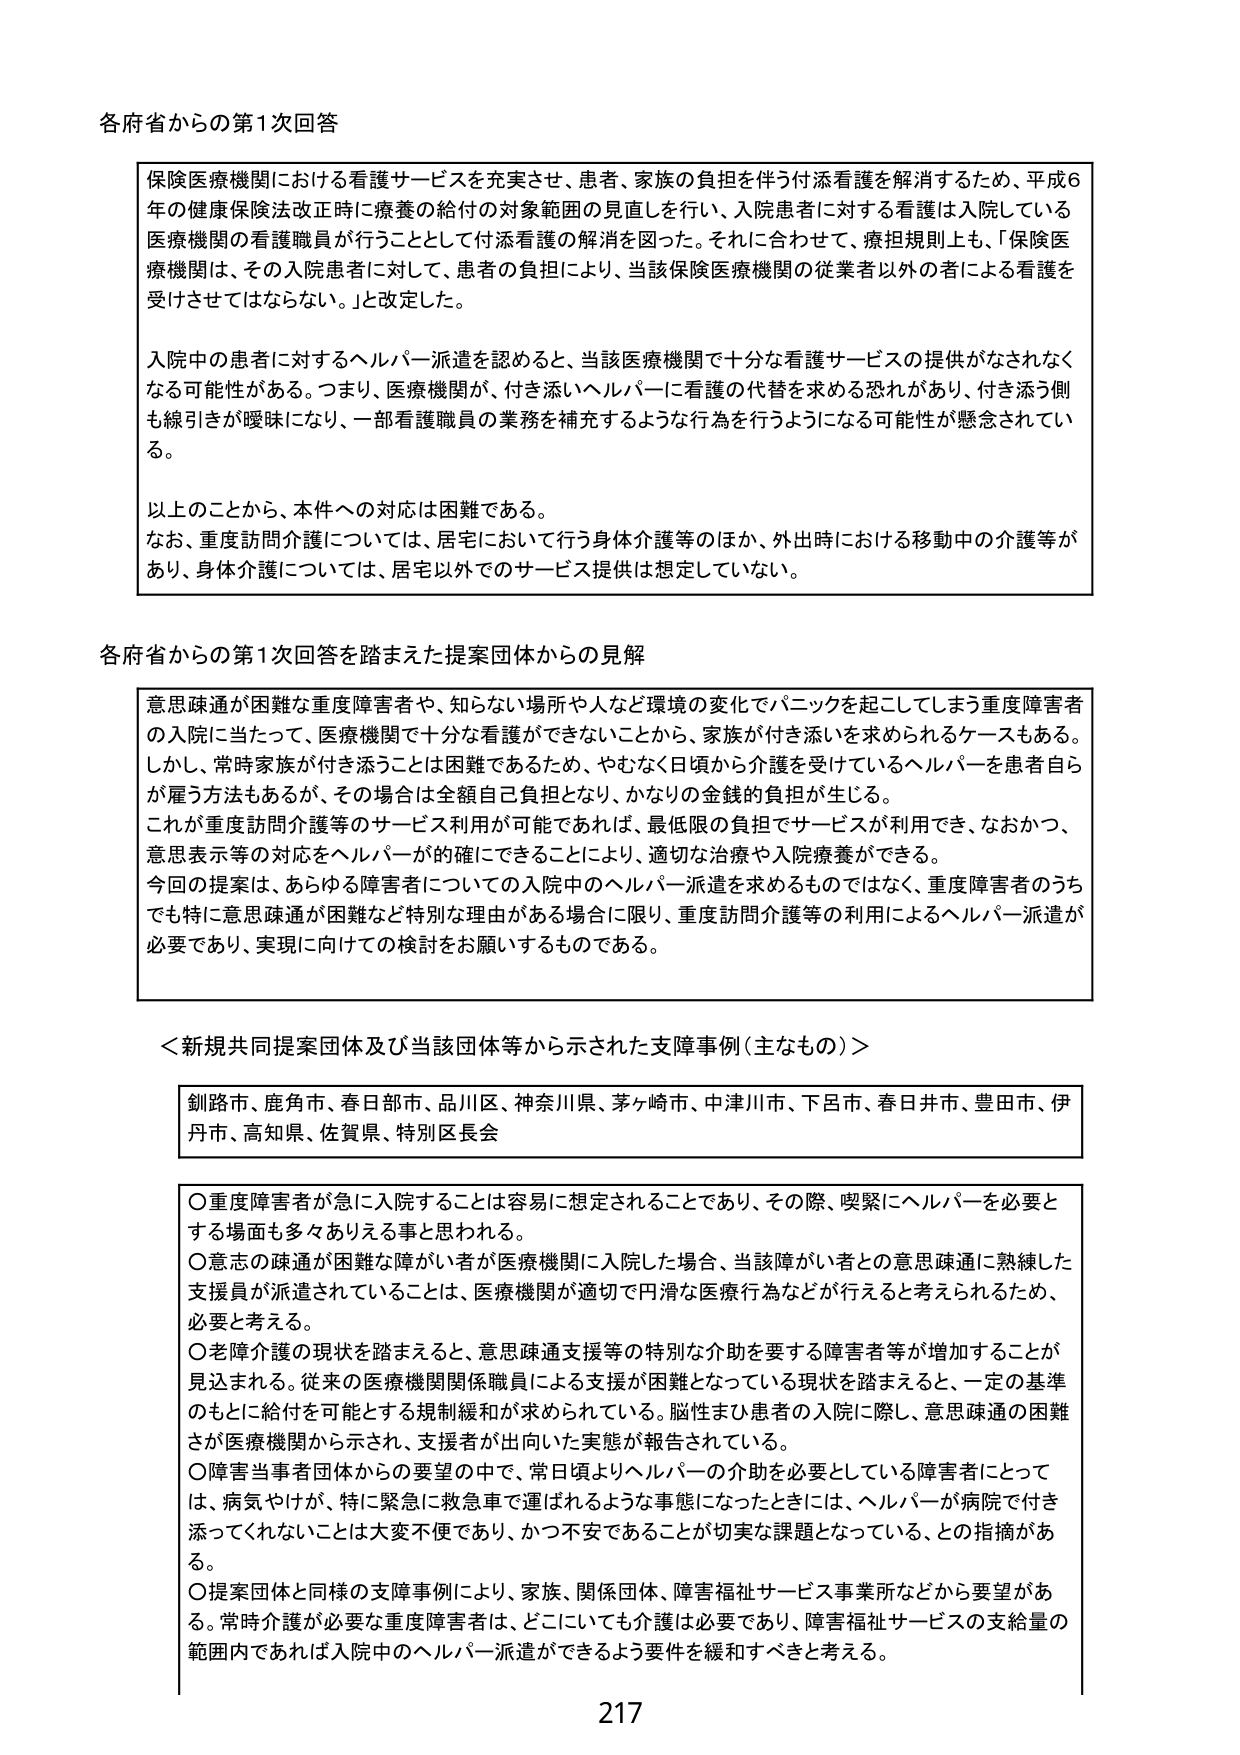
各府省からの第1次回答

保険医療機関における看護サービスを充実させ、患者、家族の負担を伴う付添看護を解消するため、平成6年の健康保険法改正時に療養の給付の対象範囲の見直しを行い、入院患者に対する看護は入院している医療機関の看護職員が行うこととして付添看護の解消を図った。それに合わせて、療担規則上も、「保険医療機関は、その入院患者に対して、患者の負担により、当該保険医療機関の従業者以外の者による看護を受けさせてはならない。」と改定した。

入院中の患者に対するヘルパー派遣を認めると、当該医療機関で十分な看護サービスの提供がなされなくなる可能性がある。つまり、医療機関が、付き添いヘルパーに看護の代替を求める恐れがあり、付き添う側も線引きが曖昧になり、一部看護職員の業務を補充するような行為を行うようになる可能性が懸念されている。

以上のことから、本件への対応は困難である。
なお、重度訪問介護については、居宅において行う身体介護等のほか、外出時における移動中の介護等があり、身体介護については、居宅以外でのサービス提供は想定していない。

各府省からの第1次回答を踏まえた提案団体からの見解

意思疎通が困難な重度障害者や、知らない場所や人など環境の変化でパニックを起こしてしまう重度障害者の入院に当たって、医療機関で十分な看護ができないことから、家族が付き添いを求められるケースもある。しかし、常時家族が付き添うことは困難であるため、やむなく日頃から介護を受けているヘルパーを患者自らが雇う方法もあるが、その場合は全額自己負担となり、かなりの金銭的負担が生じる。
これが重度訪問介護等のサービス利用が可能であれば、最低限の負担でサービスが利用でき、なおかつ、意思表示等の対応をヘルパーが可能であることにより、適切な治療や入院療養ができる。
今回の提案は、あらゆる障害者についての入院中のヘルパー派遣を求めるものではなく、重度障害者のうちでも特に意思疎通が困難など特別な理由がある場合に限り、重度訪問介護等の利用によるヘルパー派遣が必要であり、実現に向けての検討をお願いするものである。

＜新規共同提案団体及び当該団体等から示された支障事例（主なもの）＞

釧路市、鹿角市、春日部市、品川区、神奈川県、茅ヶ崎市、中津川市、下呂市、春日井市、豊田市、伊丹市、高知県、佐賀県、特別区長会

○重度障害者が急に入院することは容易に想定されることであり、その際、喫緊にヘルパーを必要とする場面も多々ありえる事と思われる。
○意思の疎通が困難な障がい者が医療機関に入院した場合、当該障がい者との意思疎通に熟練した支援員が派遣されていることは、医療機関が適切で円滑な医療行為などが行えると考えられるため、必要と考える。
○老障介護の現状を踏まえると、意思疎通支援等の特別な介助を要する障害者等が増加することが見込まれる。従来の医療機関関係職員による支援が困難となっている現状を踏まえると、一定の基準のもとに給付を可能とする規制緩和が求められている。脳性まひ患者の入院に際し、意思疎通の困難さが医療機関から示され、支援者が出向いた実態が報告されている。
○障害当事者団体からの要望の中で、常日頃よりヘルパーの介助を必要としている障害者にとっては、病気やけが、特に緊急に救急車で運ばれるような事態になったときには、ヘルパーが病院で付き添ってくれないことは大変不便であり、かつ不安であることが切実な課題となっている、との指摘がある。
○提案団体と同様の支障事例により、家族、関係団体、障害福祉サービス事業所などから要望がある。常時介護が必要な重度障害者は、どこにいても介護は必要であり、障害福祉サービスの支給量の範囲内であれば入院中のヘルパー派遣ができるよう要件を緩和すべきと考える。

217